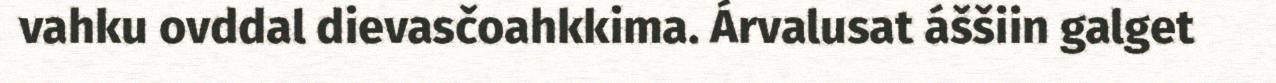
vahku ovddal dievasčoahkkima. Árvalusat áššiin galget